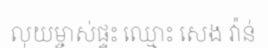
លុយម្ចាស់ផ្ទះ ឈ្មោះ សេង វ៉ាន់